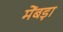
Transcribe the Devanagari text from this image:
मेंबड़ा